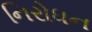
નિરોધન